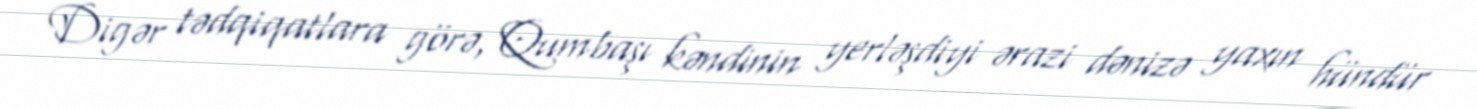
Digər tədqiqatlara görə, Qumbaşı kəndinin yerləşdiyi ərazi dənizə yaxın hündür